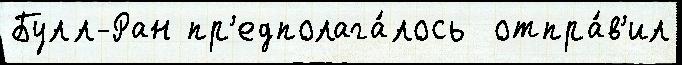
Булл-Ран пр'едполага́лось  отпра́в'ил